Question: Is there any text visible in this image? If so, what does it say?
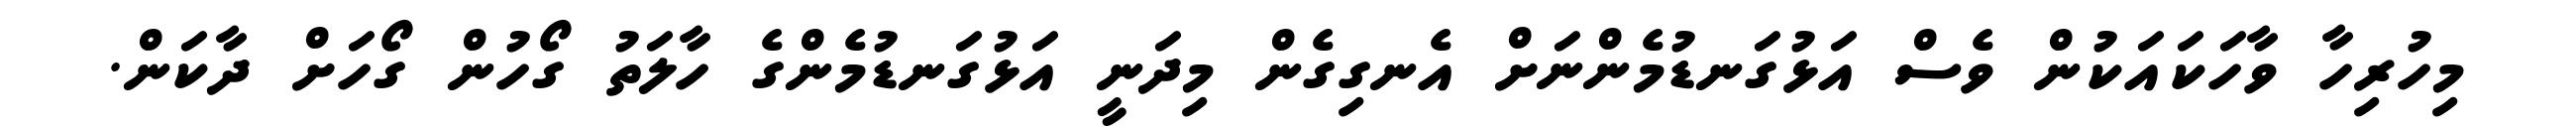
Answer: މިހުރިހާ ވާހަކައަކުން ވެސް އަޅުގަނޑުމެންނަށް އެނގިގެން މިދަނީ އަޅުގަނޑުމެންގެ ހާލަތު ގޯހުން ގޯހަށް ދާކަން.